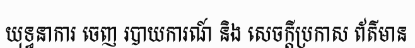
យុទ្ធនាការ ចេញ របាយការណ៍ និង សេចក្តីប្រកាស ព័ត៌មាន